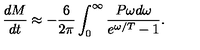
{ \frac { d M } { d t } } \approx - { \frac { 6 } { 2 \pi } } \int _ { 0 } ^ { \infty } { \frac { P \omega d \omega } { e ^ { \omega / T } - 1 } } .